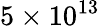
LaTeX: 5\times 10^{13}